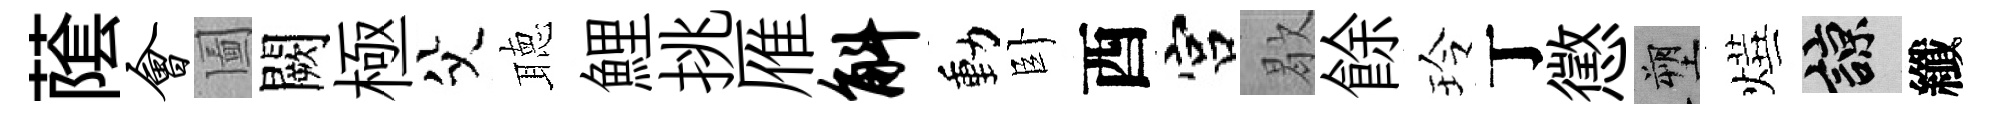
䕃会圗闕極父聴鯉挑雁斛動卧酉宫歇餘玲丁懲塑燁諒纖